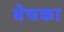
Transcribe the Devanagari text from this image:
बेचका